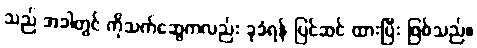
သည် အခါတွင် ကိုသက်ဆွေကလည်း ခုခံရန် ပြင်ဆင် ထားပြီး ဖြစ်သည်။